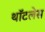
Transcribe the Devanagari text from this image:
थॉटलेस